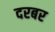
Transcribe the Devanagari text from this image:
दरबर